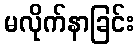
မလိုက်နာခြင်း